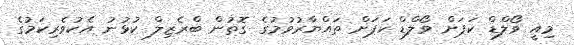
މިއީ ވޯލްޑް ކަޕަށް ވޯލްޑް ކަޕަށް ތައްޔާރުވުމުގެ ގޮތުން ބްރެޒިލް ކުޅުނު އެކުވެރިކަމުގެ